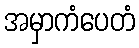
အမှာကံပေတံ